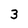
Character: 3